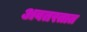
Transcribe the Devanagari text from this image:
अवतरतात